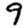
Digit: 9